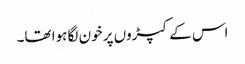
اس کے کپڑوں پر خون لگا ہوا تھا۔